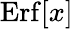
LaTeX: \mathrm{Erf}[x]